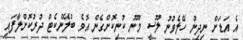
އެ އަޑަށް ނިދިން ހޭލެވުނު ލޫސީ މޫނު ކުނިކޮށްގެން އޮވެ ބްލޭންކެޓް ދުރުކޮށްލާފައި